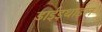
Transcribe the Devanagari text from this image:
डाईइथाइल